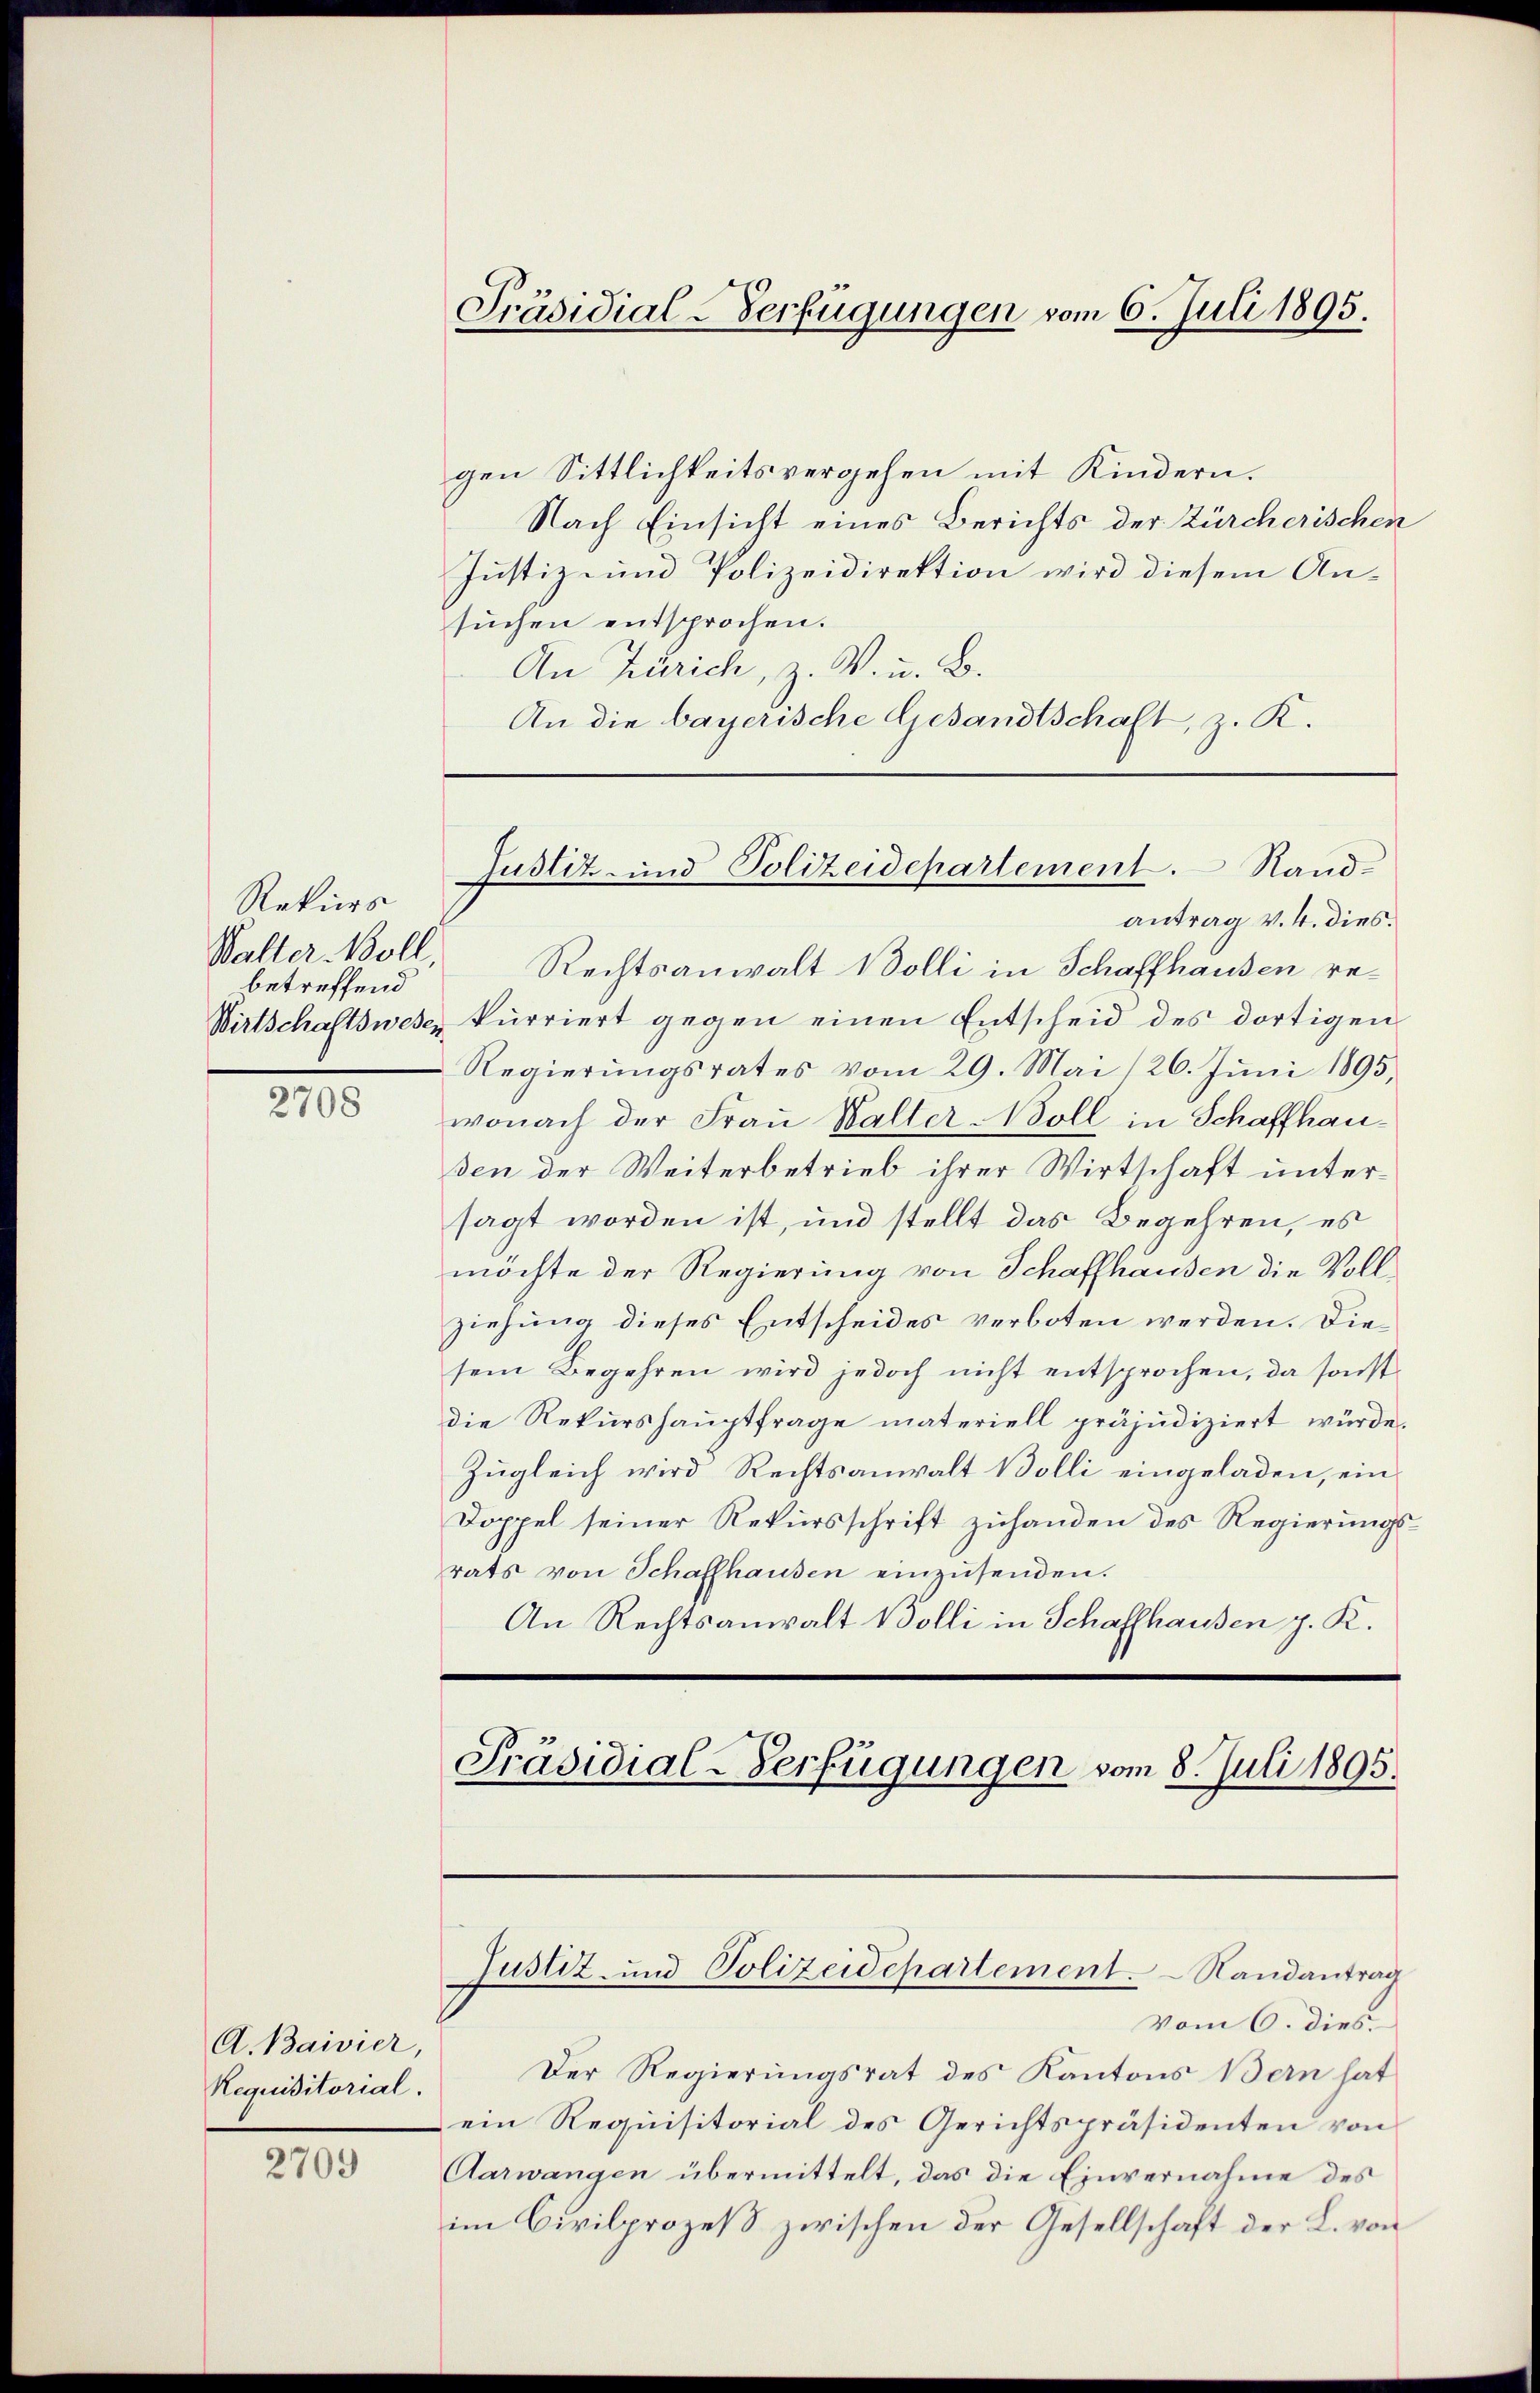
Rekurs
Waller Moll,
betreffend

2708

2709

Präsidial-Verfügungen vom 6. Juli 1895.

gen Sittlichkeitsvergehen mit Kindern.
Nach Einsicht eines Berichts der Zürcherischen
Justiz- und Polizeidirektion wird diesem Ansuchen entsprochen.
An Zürich, z. V. u. B.
An die bayerische Gesandtschaft, z. K.

A. Baivier,
Requisitorial.

Justiz- und Polizeidepartement. Sand¬

Präsidial-Verfügungen vom 8. Juli 1895.

antrag v. 4. dies
Rechtsanwalt Bolli in Schaffhausen re¬
Wirtschaftswese, kurriert gegen einen Entscheid des dortigen
Regierungsrates vom 29. Mai (26. Juni 1895,
wonach der Frau Walter Woll in Schaffhausen der Weiterbetrieb ihrer Wirtschaft untersagt worden ist, und stellt das Begehren, es
möchte der Regierung von Schaffhausen die Vollziehung dieses Entscheides verboten werden. Diesem Begehren wird jedoch nicht entsprochen, da sonst
die Rekurshauptfrage materiell präjudiziert würde.
Zugleich wird Rechtsanwalt Bolli eingeladen, ein
Doppel seiner Rekursschrift zuhanden des Regierungsrats von Schaffhausen einzusenden.
An Rechtsanwalt Bolli in Schaffhausen p. K.

Justiz- und Polizeidepartement. Randantrag

vom 6. dies
Der Regierungsrat des Kantons Bern hat
ein Requisitorial des Gerichtspräsidenten von
Aarwangen übermittelt, das die Einvernahme des
im Civilprozeß zwischen der Gesellschaft der L. von